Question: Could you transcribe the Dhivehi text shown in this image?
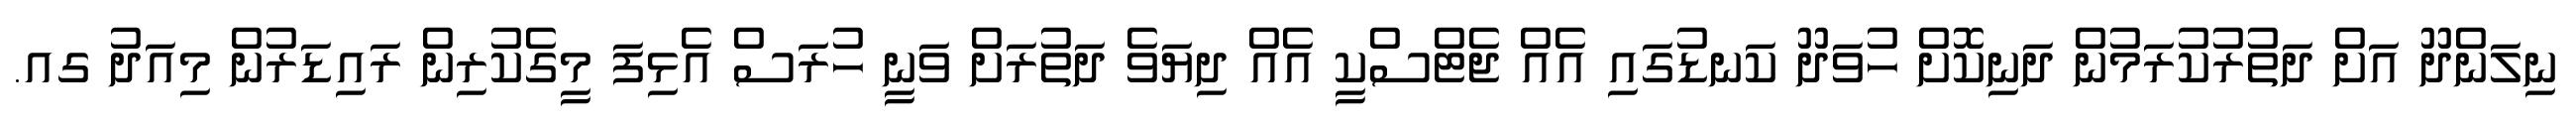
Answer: ނިލަންދޫ އަށް ދަތުރުކުރަމުން ދަނިކޮށް ހުވަދޫ ކަނޑުގައި އެއް ޖެޓްސްކީ އެއް ދިޔަވެ ދަތުރަށް ވަނީ ހުރަސް އެޅިފަ މީގެކުރިން ރައިޑަރުން މިއަދު ގއ.